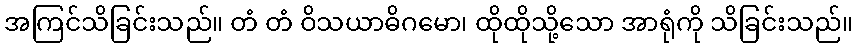
အကြင်သိခြင်းသည်။ တံ တံ ဝိသယာဓိဂမော၊ ထိုထိုသို့သော အာရုံကို သိခြင်းသည်။